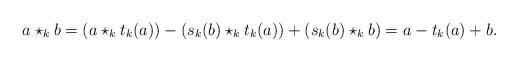
LaTeX: \begin{align*}a\star_k b = (a \star_k t_k(a)) - (s_k(b) \star_k t_k(a)) + (s_k(b) \star_k b) = a - t_k(a) + b.\end{align*}